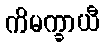
ကိမက္ခာယီ